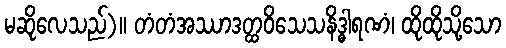
မဆိုလေသည်)။ တံတံအဿာဒတ္ထဝိသေသနိဒ္ဓါရဏံ၊ ထိုထိုသို့သော